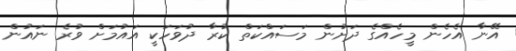
އޭނާ އެހެން މީހެއްގެ ދަށުން މަސައްކަތް ކުރާ ދުވަހަކީ އައުމަށް ވުރެ ނައުން